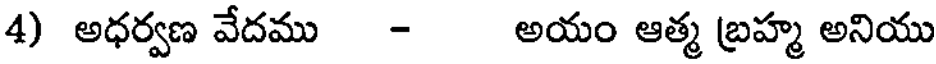
4) అధర్వణ వేదము - అయం ఆత్మ బ్రహ్మ అనియు